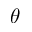
\theta